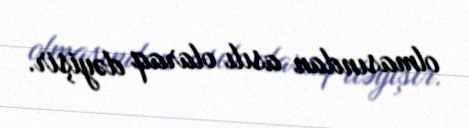
olmasından asılı olaraq dəyişir.